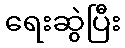
ရေးဆွဲပြီး